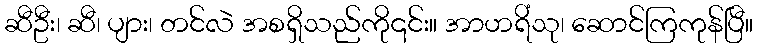
ဆီဦး၊ ဆီ၊ ပျား၊ တင်လဲ အစရှိသည်ကို၎င်း။ အာဟရိံသု၊ ဆောင်ကြကုန်ပြီ။